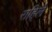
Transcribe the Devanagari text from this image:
राहि्ले